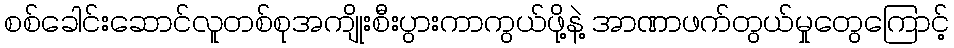
စစ်ခေါင်းဆောင်လူတစ်စုအကျိုးစီးပွားကာကွယ်ဖို့နဲ့ အာဏာဖက်တွယ်မှုတွေကြောင့်